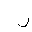
Letter: _lam